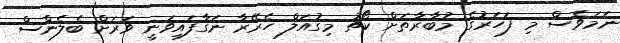
ނަމަވެސް މި ފަހަރުގެ މުބާރާތަށް ކޯޗު މިގުއަލް ހެރޭރާ ނަގާފައިވަނީ ވަރަށް ބެލެންސް